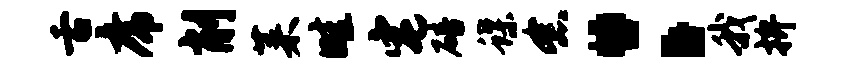
舌席削菜畦宅碚蝶念：我拚